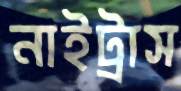
নাইট্রাস